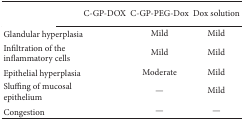
<table><thead><tr><td>[EMPTY_CELL]</td><td><b>C-GP-DOX</b></td><td><b>C-GP-PEG-Dox</b></td><td><b>Dox solution</b></td></tr></thead><tbody><tr><td>Glandular hyperplasia</td><td>[EMPTY_CELL]</td><td>Mild</td><td>Mild</td></tr><tr><td>Infiltration of the inflammatory cells</td><td>[EMPTY_CELL]</td><td>Mild</td><td>Mild</td></tr><tr><td>Epithelial hyperplasia</td><td>[EMPTY_CELL]</td><td>Moderate</td><td>Mild</td></tr><tr><td>Sluffing of mucosal epithelium</td><td>[EMPTY_CELL]</td><td>—</td><td>Mild</td></tr><tr><td>Congestion</td><td>[EMPTY_CELL]</td><td>—</td><td>—</td></tr></tbody></table>